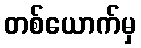
တစ်ယောက်မှ